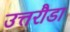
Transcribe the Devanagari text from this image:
उत्तरौडा